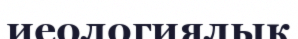
иеологиялық